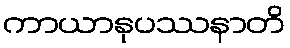
ကာယာနုပဿနာတိ